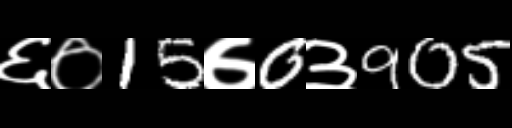
Text: ६०15७0३905